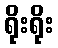
ရိုးရိုး